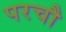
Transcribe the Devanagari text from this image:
परचौ